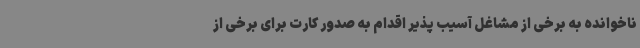
ناخوانده به برخی از مشاغل آسیب پذیر اقدام به صدور کارت برای برخی از